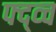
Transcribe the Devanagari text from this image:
फ्द्व्च